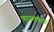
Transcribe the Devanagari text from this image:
पारानावरच